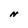
Character: N